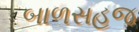
બાળસહજ